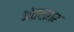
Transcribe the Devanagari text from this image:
अंतरावर